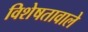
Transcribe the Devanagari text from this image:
विशेषतावाले